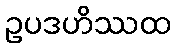
ဥပဒဟိဿထ